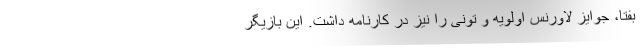
بفتا، جوایز لاورنس اولویه و تونی را نیز در کارنامه داشت. این بازیگر